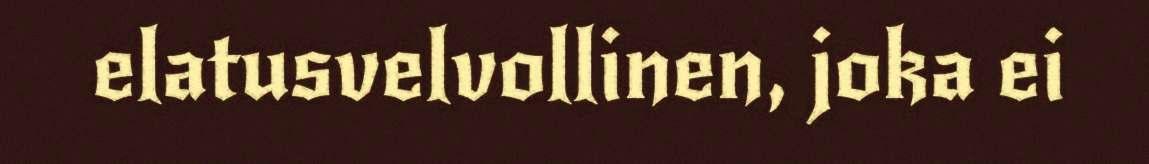
elatusvelvollinen, joka ei